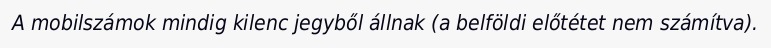
A mobilszámok mindig kilenc jegyből állnak (a belföldi előtétet nem számítva).